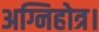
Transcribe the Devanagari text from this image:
अग्निहोत्र।